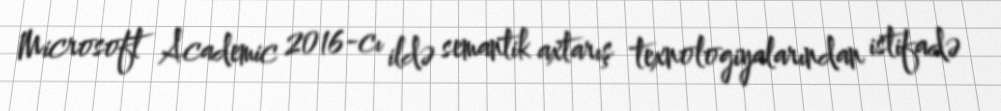
Microsoft Academic 2016-cı ildə semantik axtarış texnologiyalarından istifadə